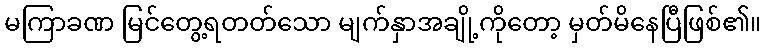
မကြာခဏ မြင်တွေ့ရတတ်သော မျက်နှာအချို့ကိုတော့ မှတ်မိနေပြီဖြစ်၏။